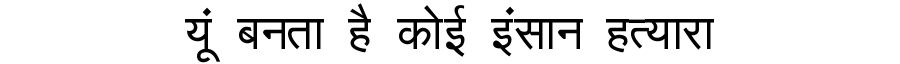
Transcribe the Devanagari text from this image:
यूं बनता है कोई इंसान हत्यारा